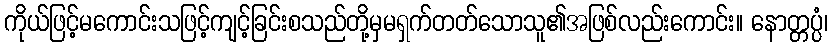
ကိုယ်ဖြင့်မကောင်းသဖြင့်ကျင့်ခြင်းစသည်တို့မှမရှက်တတ်သောသူ၏အဖြစ်လည်းကောင်း။ နောတ္တပ္ပံ၊